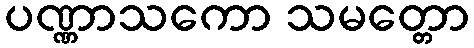
ပဏ္ဏာသကော သမတ္တော